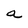
Character: a